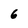
Character: 6